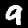
Label: 9